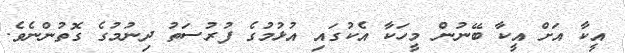
އީކާ އަށް އީކާ ބޭނުން މީހަކާ އެކުގައި އުޅުމުގެ ފުރުސަތު ދިނުމުގެ ގޮތުންނެވެ.